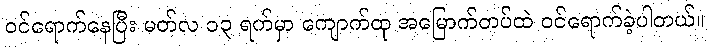
ဝင်ရောက်နေပြီး မတ်လ ၁၃ ရက်မှာ ကျောက်ထု အမြောက်တပ်ထဲ ဝင်ရောက်ခဲ့ပါတယ်။